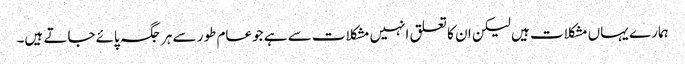
ہمارے یہاں مشکلات ہیں لیکن ان کا تعلق انہیں مشکلات سے ہے جوعام طور سے ہر جگہ پائےجاتے ہیں۔